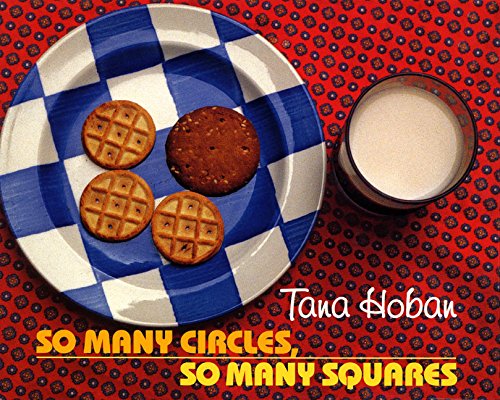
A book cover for So Many Circles, So Many Squares; Tana Hoban; Children's Books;